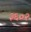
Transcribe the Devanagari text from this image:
३६०२